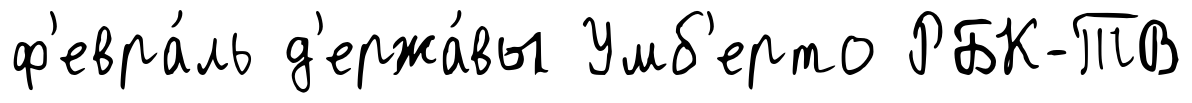
ф'евра́ль д'ержа́вы Умб'ерто РБК-ТВ